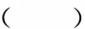
( )